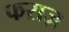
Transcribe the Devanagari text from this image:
फराज़